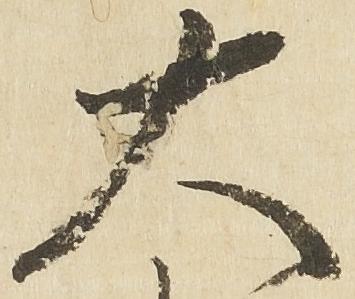
大